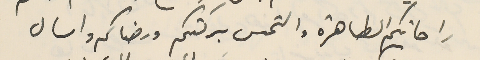
راحاتكم الطاهرة والتمس بركتكم ورضاكم واسال